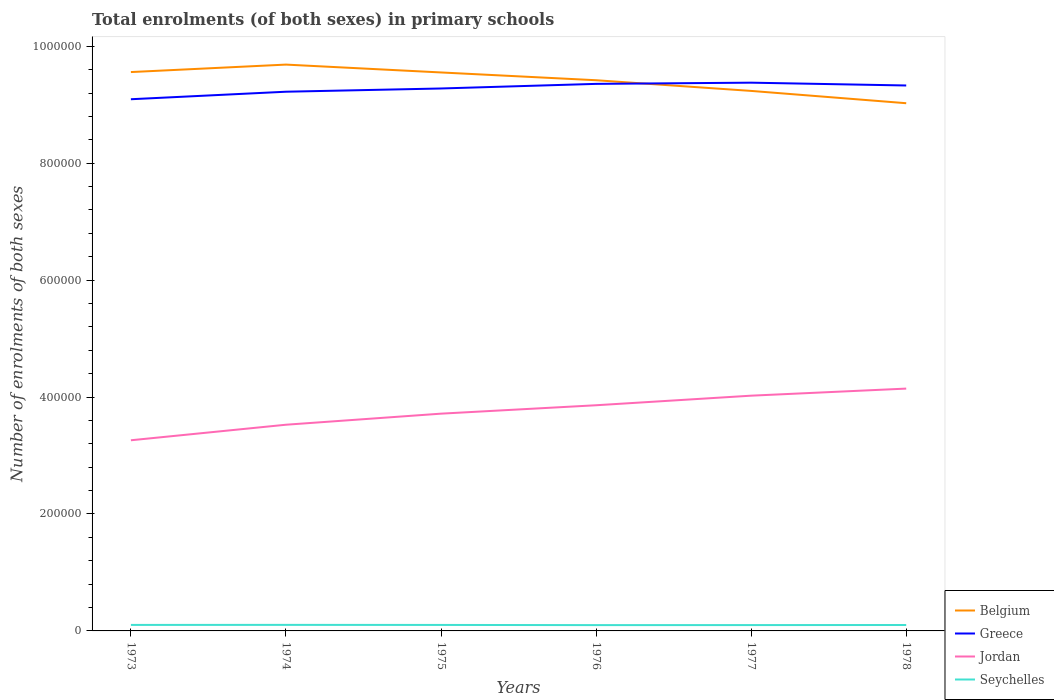
| Years | Belgium | Greece | Jordan | Seychelles |
 | --- | --- | --- | --- | --- |
 | 1973 | 9.56e+05 | 9.09e+05 | 3.26e+05 | 1.03e+04 |
 | 1974 | 9.69e+05 | 9.22e+05 | 3.53e+05 | 1.04e+04 |
 | 1975 | 9.55e+05 | 9.28e+05 | 3.72e+05 | 1.02e+04 |
 | 1976 | 9.42e+05 | 9.36e+05 | 3.86e+05 | 9.95e+03 |
 | 1977 | 9.24e+05 | 9.38e+05 | 4.02e+05 | 1e+04 |
 | 1978 | 9.03e+05 | 9.33e+05 | 4.14e+05 | 1.01e+04 |